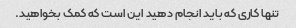
تنها کاری که باید انجام دهید این است که کمک بخواهید.